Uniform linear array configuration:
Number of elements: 32
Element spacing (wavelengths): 0.25
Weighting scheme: hamming
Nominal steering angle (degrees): -30
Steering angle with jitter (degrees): -28.161
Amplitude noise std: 0.05
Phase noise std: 0.05

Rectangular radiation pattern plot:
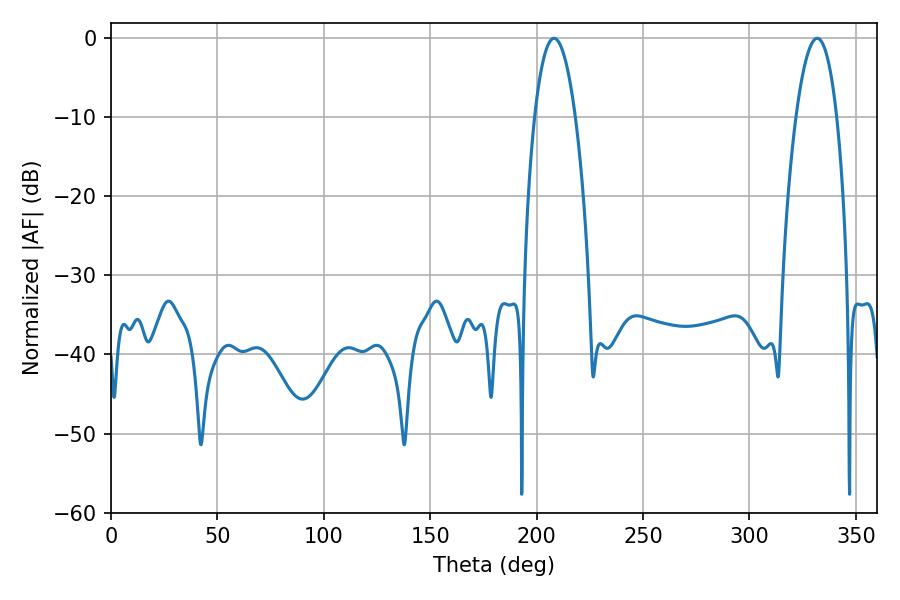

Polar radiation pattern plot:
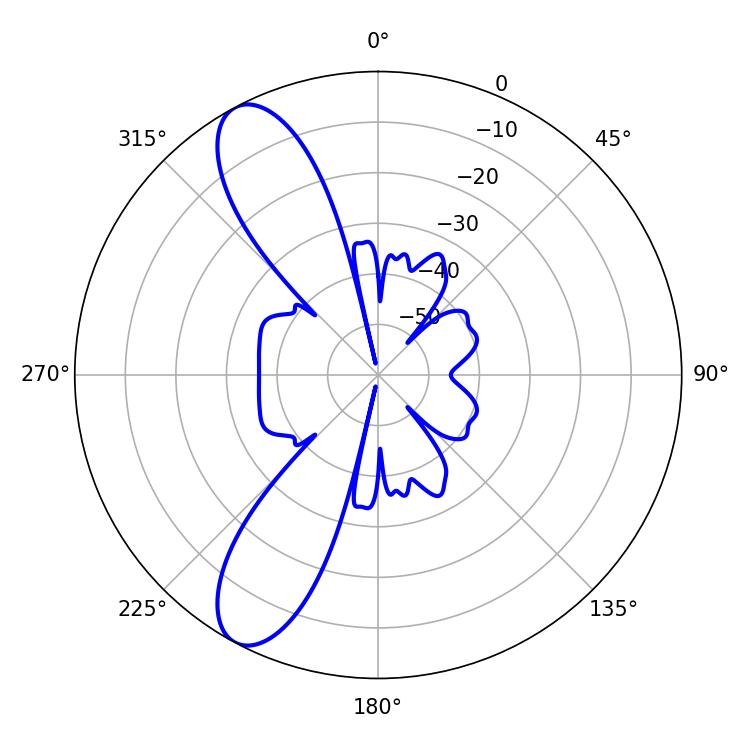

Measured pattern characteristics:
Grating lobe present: FALSE
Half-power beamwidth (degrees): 10.62
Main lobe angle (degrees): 208.08